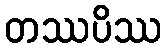
တဿပိဿ